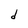
Character: d